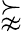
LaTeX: \succnapprox